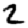
Digit: 2